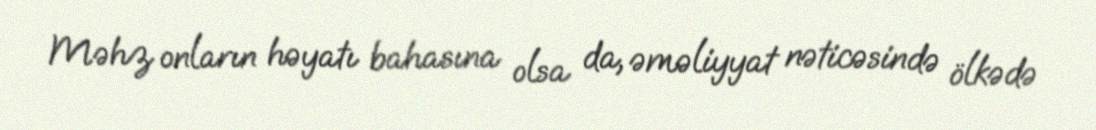
Məhz onların həyatı bahasına olsa da, əməliyyat nəticəsində ölkədə